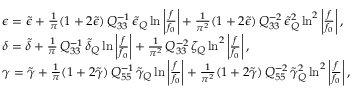
\begin{array} { r l } & { \epsilon = \tilde { \epsilon } + \frac { 1 } { \pi } ( 1 + 2 \tilde { \epsilon } ) \, Q _ { 3 3 } ^ { - 1 } \, \tilde { \epsilon } _ { Q } \ln { \bigg | \frac { f } { f _ { 0 } } \bigg | } + \frac { 1 } { \pi ^ { 2 } } ( 1 + 2 \tilde { \epsilon } ) \, Q _ { 3 3 } ^ { - 2 } \, \tilde { \epsilon } _ { Q } ^ { 2 } \ln ^ { 2 } { \bigg | \frac { f } { f _ { 0 } } \bigg | } \, , } \\ & { \delta = \tilde { \delta } + \frac { 1 } { \pi } \, Q _ { 3 3 } ^ { - 1 } \, \tilde { \delta } _ { Q } \ln { \bigg | \frac { f } { f _ { 0 } } \bigg | } + \frac { 1 } { \pi ^ { 2 } } \, Q _ { 3 3 } ^ { - 2 } \, \zeta _ { Q } \ln ^ { 2 } { \bigg | \frac { f } { f _ { 0 } } \bigg | } \, , } \\ & { \gamma = \tilde { \gamma } + \frac { 1 } { \pi } ( 1 + 2 \tilde { \gamma } ) \, Q _ { 5 5 } ^ { - 1 } \, \tilde { \gamma } _ { Q } \ln { \bigg | \frac { f } { f _ { 0 } } \bigg | } + \frac { 1 } { \pi ^ { 2 } } ( 1 + 2 \tilde { \gamma } ) \, Q _ { 5 5 } ^ { - 2 } \, \tilde { \gamma } _ { Q } ^ { 2 } \ln ^ { 2 } { \bigg | \frac { f } { f _ { 0 } } \bigg | } \, , } \end{array}